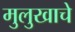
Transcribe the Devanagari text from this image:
मुलुखाचे